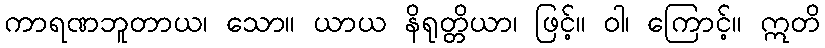
ကာရဏဘူတာယ၊ သော။ ယာယ နိရုတ္တိယာ၊ ဖြင့်။ ဝါ၊ ကြောင့်။ ဣတိ